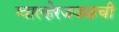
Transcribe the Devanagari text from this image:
ग्वाल्हेरजवळची